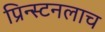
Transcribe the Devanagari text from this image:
प्रिन्स्टनलाच